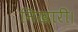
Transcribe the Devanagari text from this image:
निखारी।